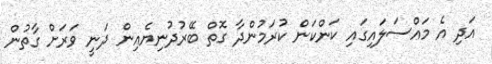
އަދި އެ މައްސަލައިގައި ކަންކަން ކުރަމުންދާ ގޮތް ބޭރުދުނިޔެއިން ދަނީ ވަރަށް ގާތުން